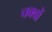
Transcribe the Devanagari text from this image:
चक्वों